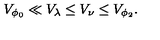
V _ { \phi _ { 0 } } \ll V _ { \lambda } \leq V _ { \nu } \leq V _ { \phi _ { 2 } } .